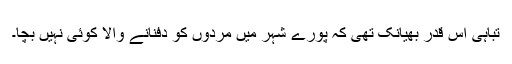
تباہی اس قدر بھیانک تھی کہ پورے شہر میں مُردوں کو دفنانے والا کوئی نہیں بچا۔